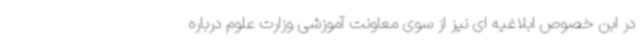
در ابن خصوص ابلاغیه ای نیز از سوی معاونت آموزشی وزارت علوم درباره